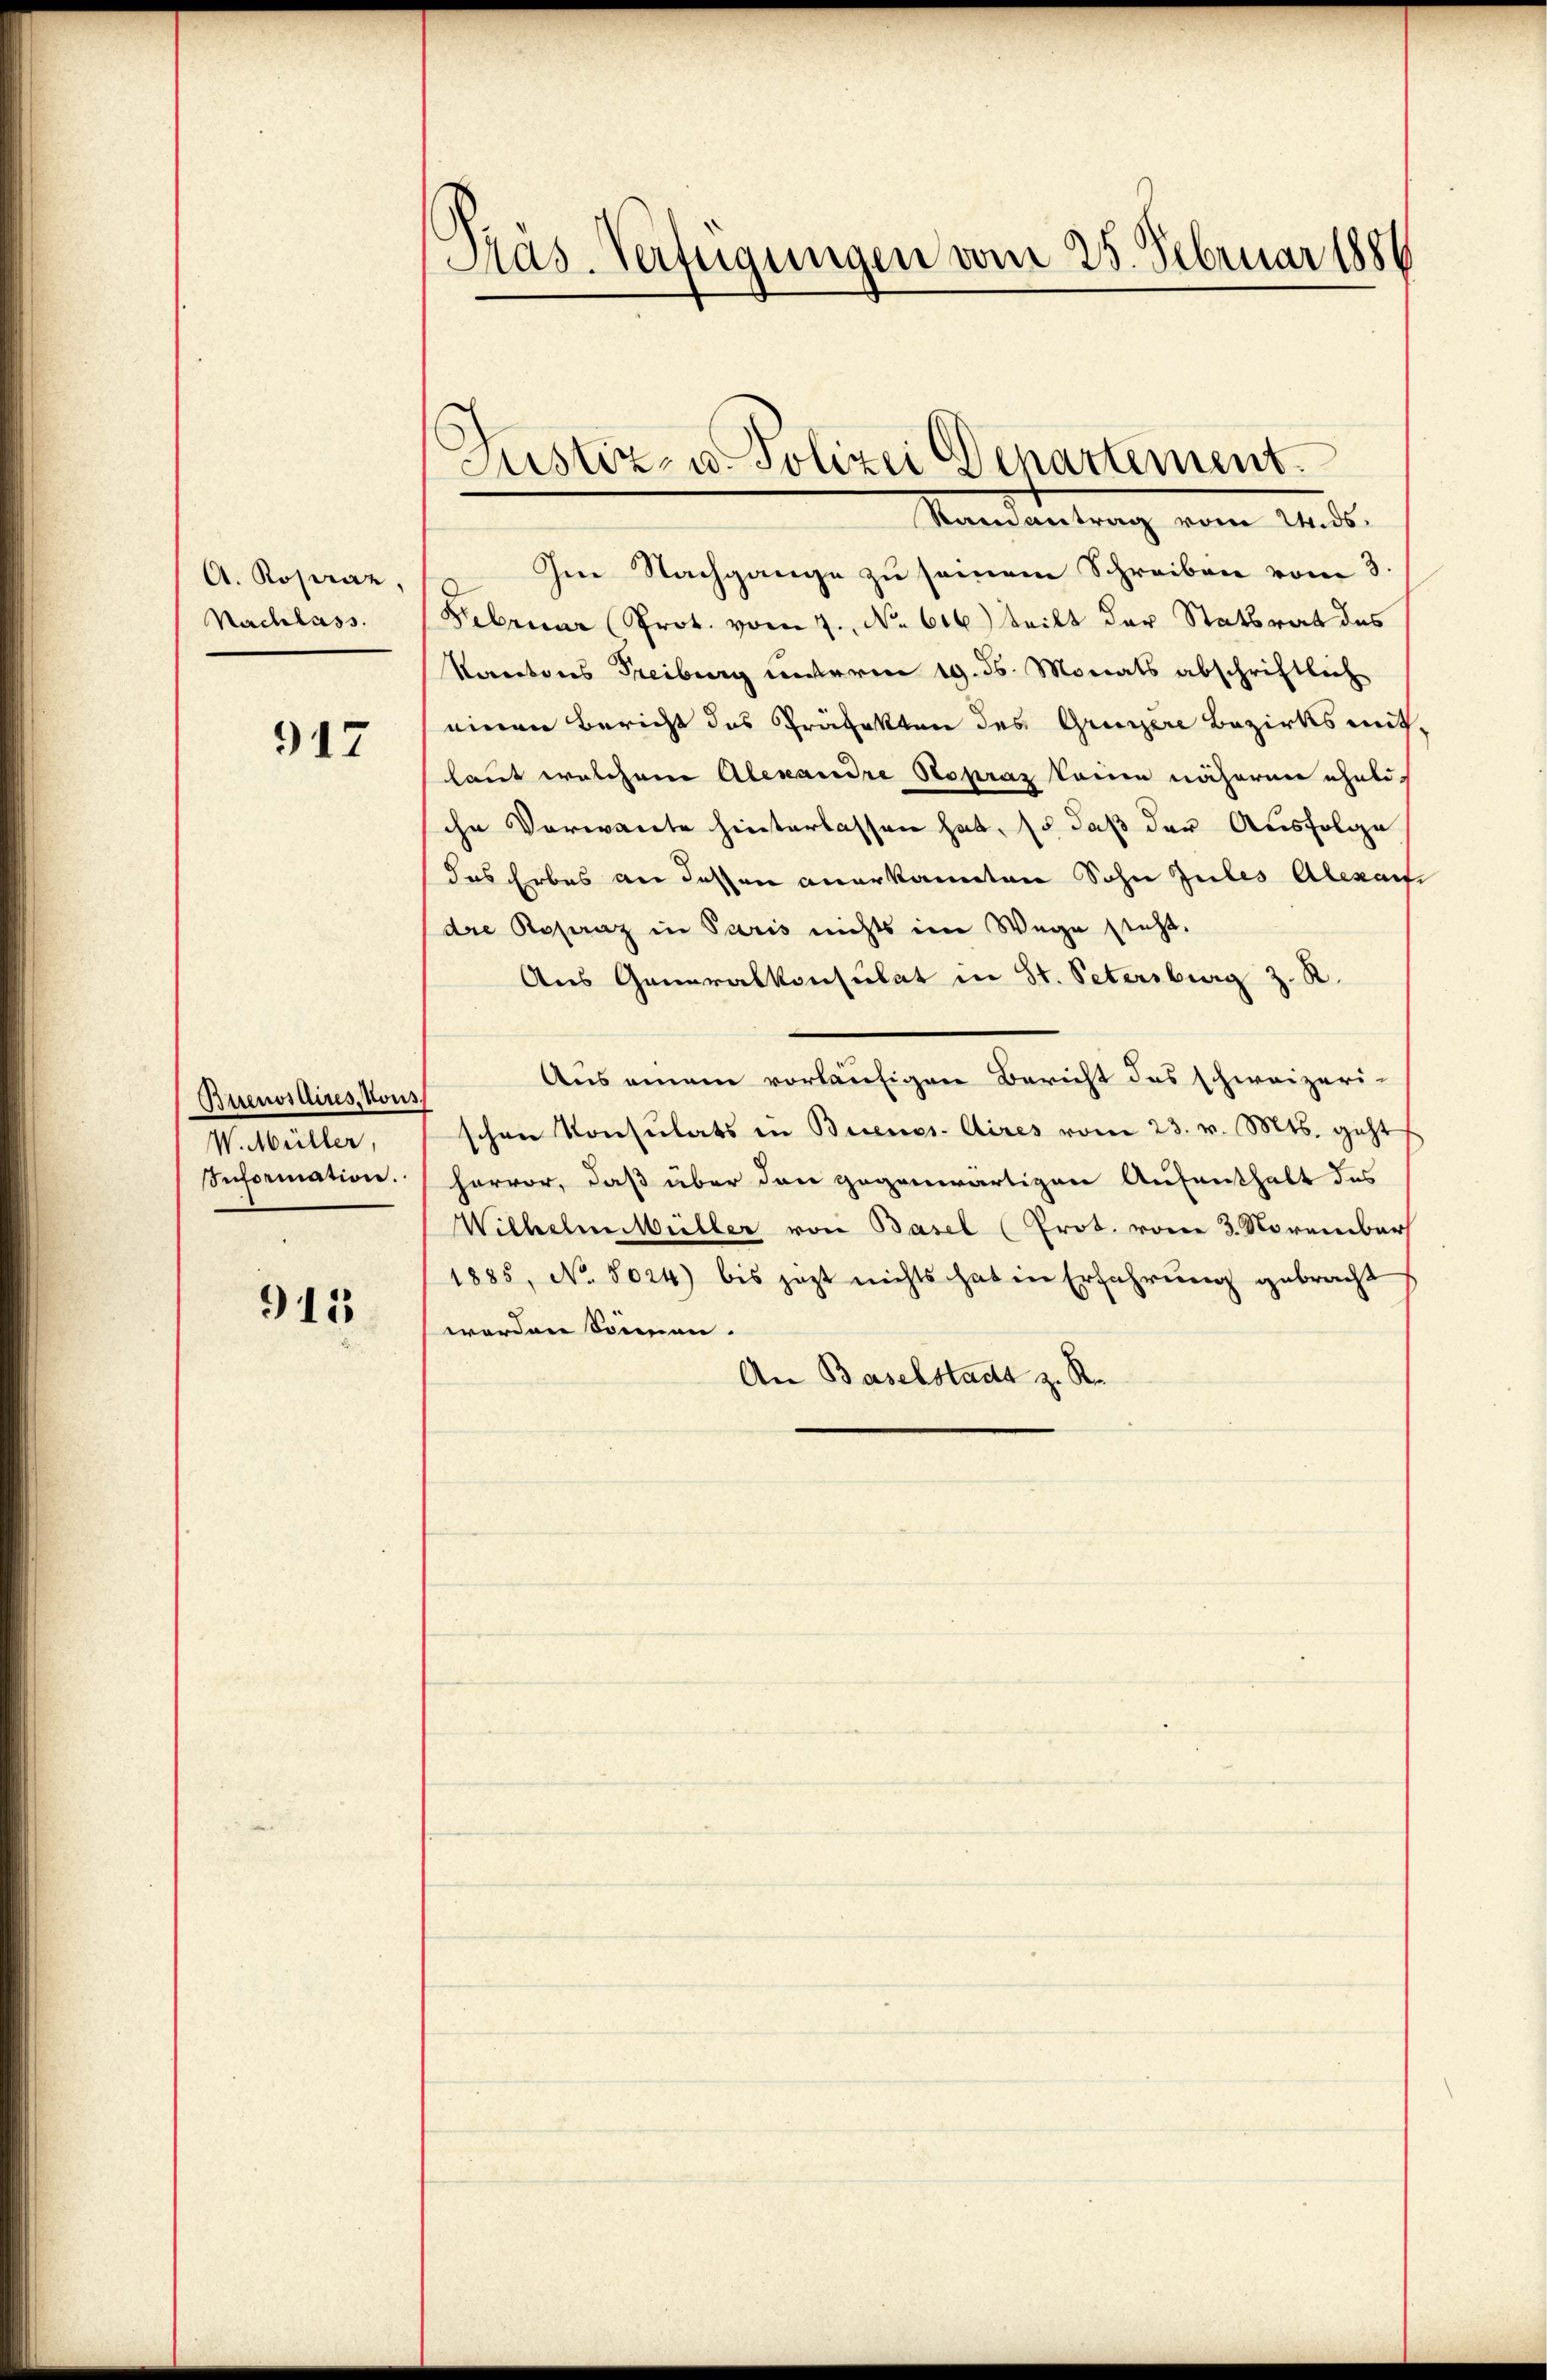
A. Roseraz
Nachlass.

917

Buenosdires, Kons
W. Müller,
Information.

915

Pas. Verfügungen vom 25. Februar 1886

Justiz- u. Polizei Departement.

Raenantrag vom 2. ds.
Im Nachgange zu seien Schreiben vom 3.
Februar Prot. vom 7. No. 616.) Steilt der Statsrat des
Kantons Freiburg unterm 19. ds. Monats abschriftlich
einen Bericht das Präfekten des Grenzere Bezirks mit-
laut welchem Alexandre Stopraz kann nähern eheli-
ihr Vorwante hinterlassen hat, so daß der Ausfolge
das Erbes an dessen anerkannten Sohn zules Alexarf
dre Rosuraz in Paris nichts im Wege steht.
Aus Generalkonsulat in St. Petersburg z. R.
Aus einem vorläufigen Bericht des schweizeri-
schen Konsulats in Buenos Aires vom 23. v. Mts. geht
hervor, daß über den gegenwärtigen Aufenthalt des
Wilhelm Müller von Basel (Prot. vom 3. November
1885, No. 8024) bis jezt nichts hat in Erfahrung gebracht
worden Sommen.
An Baselstadt z. R.